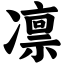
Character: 凛